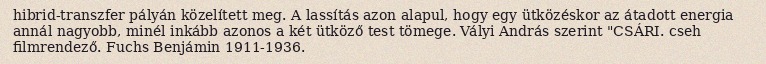
hibrid-transzfer pályán közelített meg. A lassítás azon alapul, hogy egy ütközéskor az átadott energia annál nagyobb, minél inkább azonos a két ütköző test tömege. Vályi András szerint "CSÁRI. cseh filmrendező. Fuchs Benjámin 1911-1936.